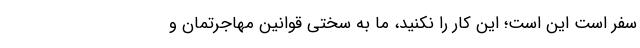
سفر است این است؛ این کار را نکنید، ما به سختی قوانین مهاجرتمان و